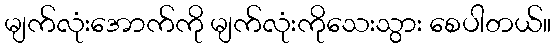
မျက်လုံးအောက်ကို မျက်လုံးကိုသေးသွား စေပါတယ်။